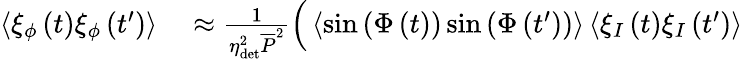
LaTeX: \begin{array}{rl}{\left\langle\xi_{\phi}\left(t\right)\xi_{\phi}\left(t^{\prime}\right)\right\rangle}&{{}\approx\frac{1}{\eta_{\mathrm{det}}^{2}\overline{{P}}^{2}}\Big(\left\langle\sin{\left(\Phi\left(t\right)\right)}\sin{\left(\Phi\left(t^{\prime}\right)\right)}\right\rangle\left\langle\xi_{I}\left(t\right)\xi_{I}\left(t^{\prime}\right)\right\rangle}\end{array}